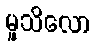
မူသိလော